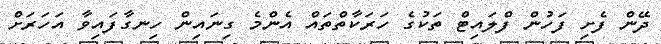
ދޭން ފެށި ފަހުން ފްލައިޓް ތަކުގެ ހަރަކާތްތައް އެންމެ ގިނައިން ހިނގާފައިވާ އަހަރަށް